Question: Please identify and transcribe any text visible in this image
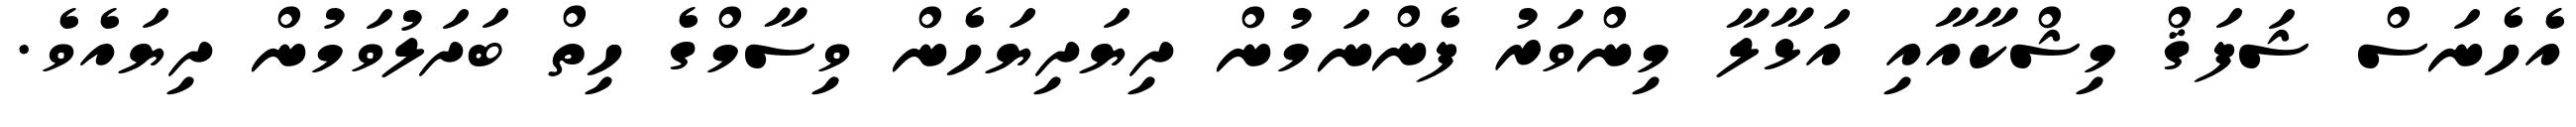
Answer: އެހެނަސް ޝަފަޤް މިޝްކާއާއި އަޅާލާ މިންވަރު ފެންނަމުން ދިޔަދިޔަހެން ވިސާމްގެ ހިތް ބަދަލުވަމުން ދިޔައެވެ.